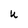
Character: U